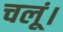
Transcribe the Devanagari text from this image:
चलूं।